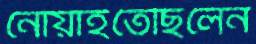
নোয়াইতেছিলেন